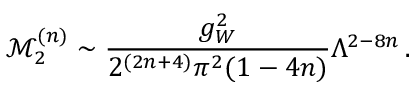
\mathcal { M } _ { 2 } ^ { ( n ) } \sim \frac { g _ { W } ^ { 2 } } { 2 ^ { ( 2 n + 4 ) } \pi ^ { 2 } ( 1 - 4 n ) } \Lambda ^ { 2 - 8 n } \, .